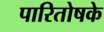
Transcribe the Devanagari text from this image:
पारितोषके